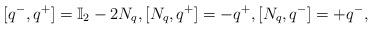
LaTeX: \begin{align*}[q^- , q^+] = \mathbb{I}_2 - 2 N_q, [N_q , q^+] = - q^+, [N_q , q^-] = + q^-,\end{align*}